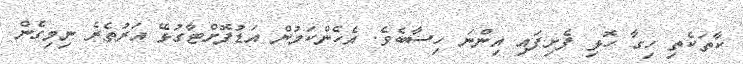
ކާތަކެތި ހިގާ ހޮޅި ފެށިފައި އިންނަ ހިސާބެވެ. އެހެންކަމުން އަޑުފޮށްޓާގުޅޭ އަރުތެރެ ނިމިގެން